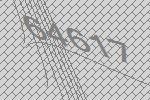
64617